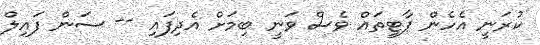
ކުރަނީ އެހެން ޕާޓީތައް ވެސް ވަނީ ބިމަށް އެދިފައި -- ސަން ފައިލް